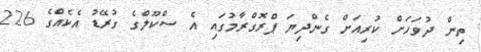
ތިން ދުވަހަށް ކުރިއަށް ގެންދިޔަ ޕްރޮގްރާމުގައި އެ ސްކޫލްގެ ގުރޭޑު އެކެއްގެ 226